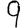
Digit: 9